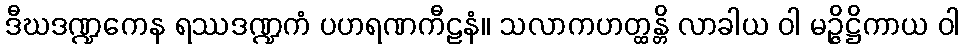
ဒီဃဒဏ္ဍကေန ရဿဒဏ္ဍကံ ပဟရဏကီဠနံ။ သလာကဟတ္ထန္တိ လာခါယ ဝါ မဉ္ဇိဋ္ဌိကာယ ဝါ